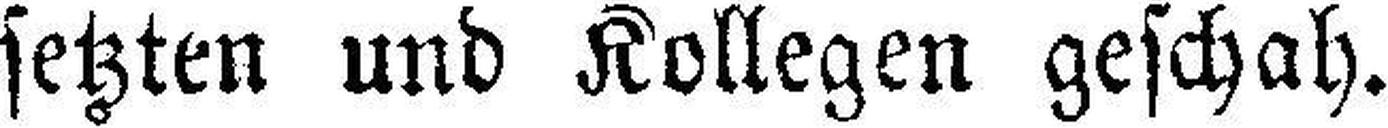
setzten und Kollegen geschah.